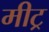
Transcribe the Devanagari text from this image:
मीट्र